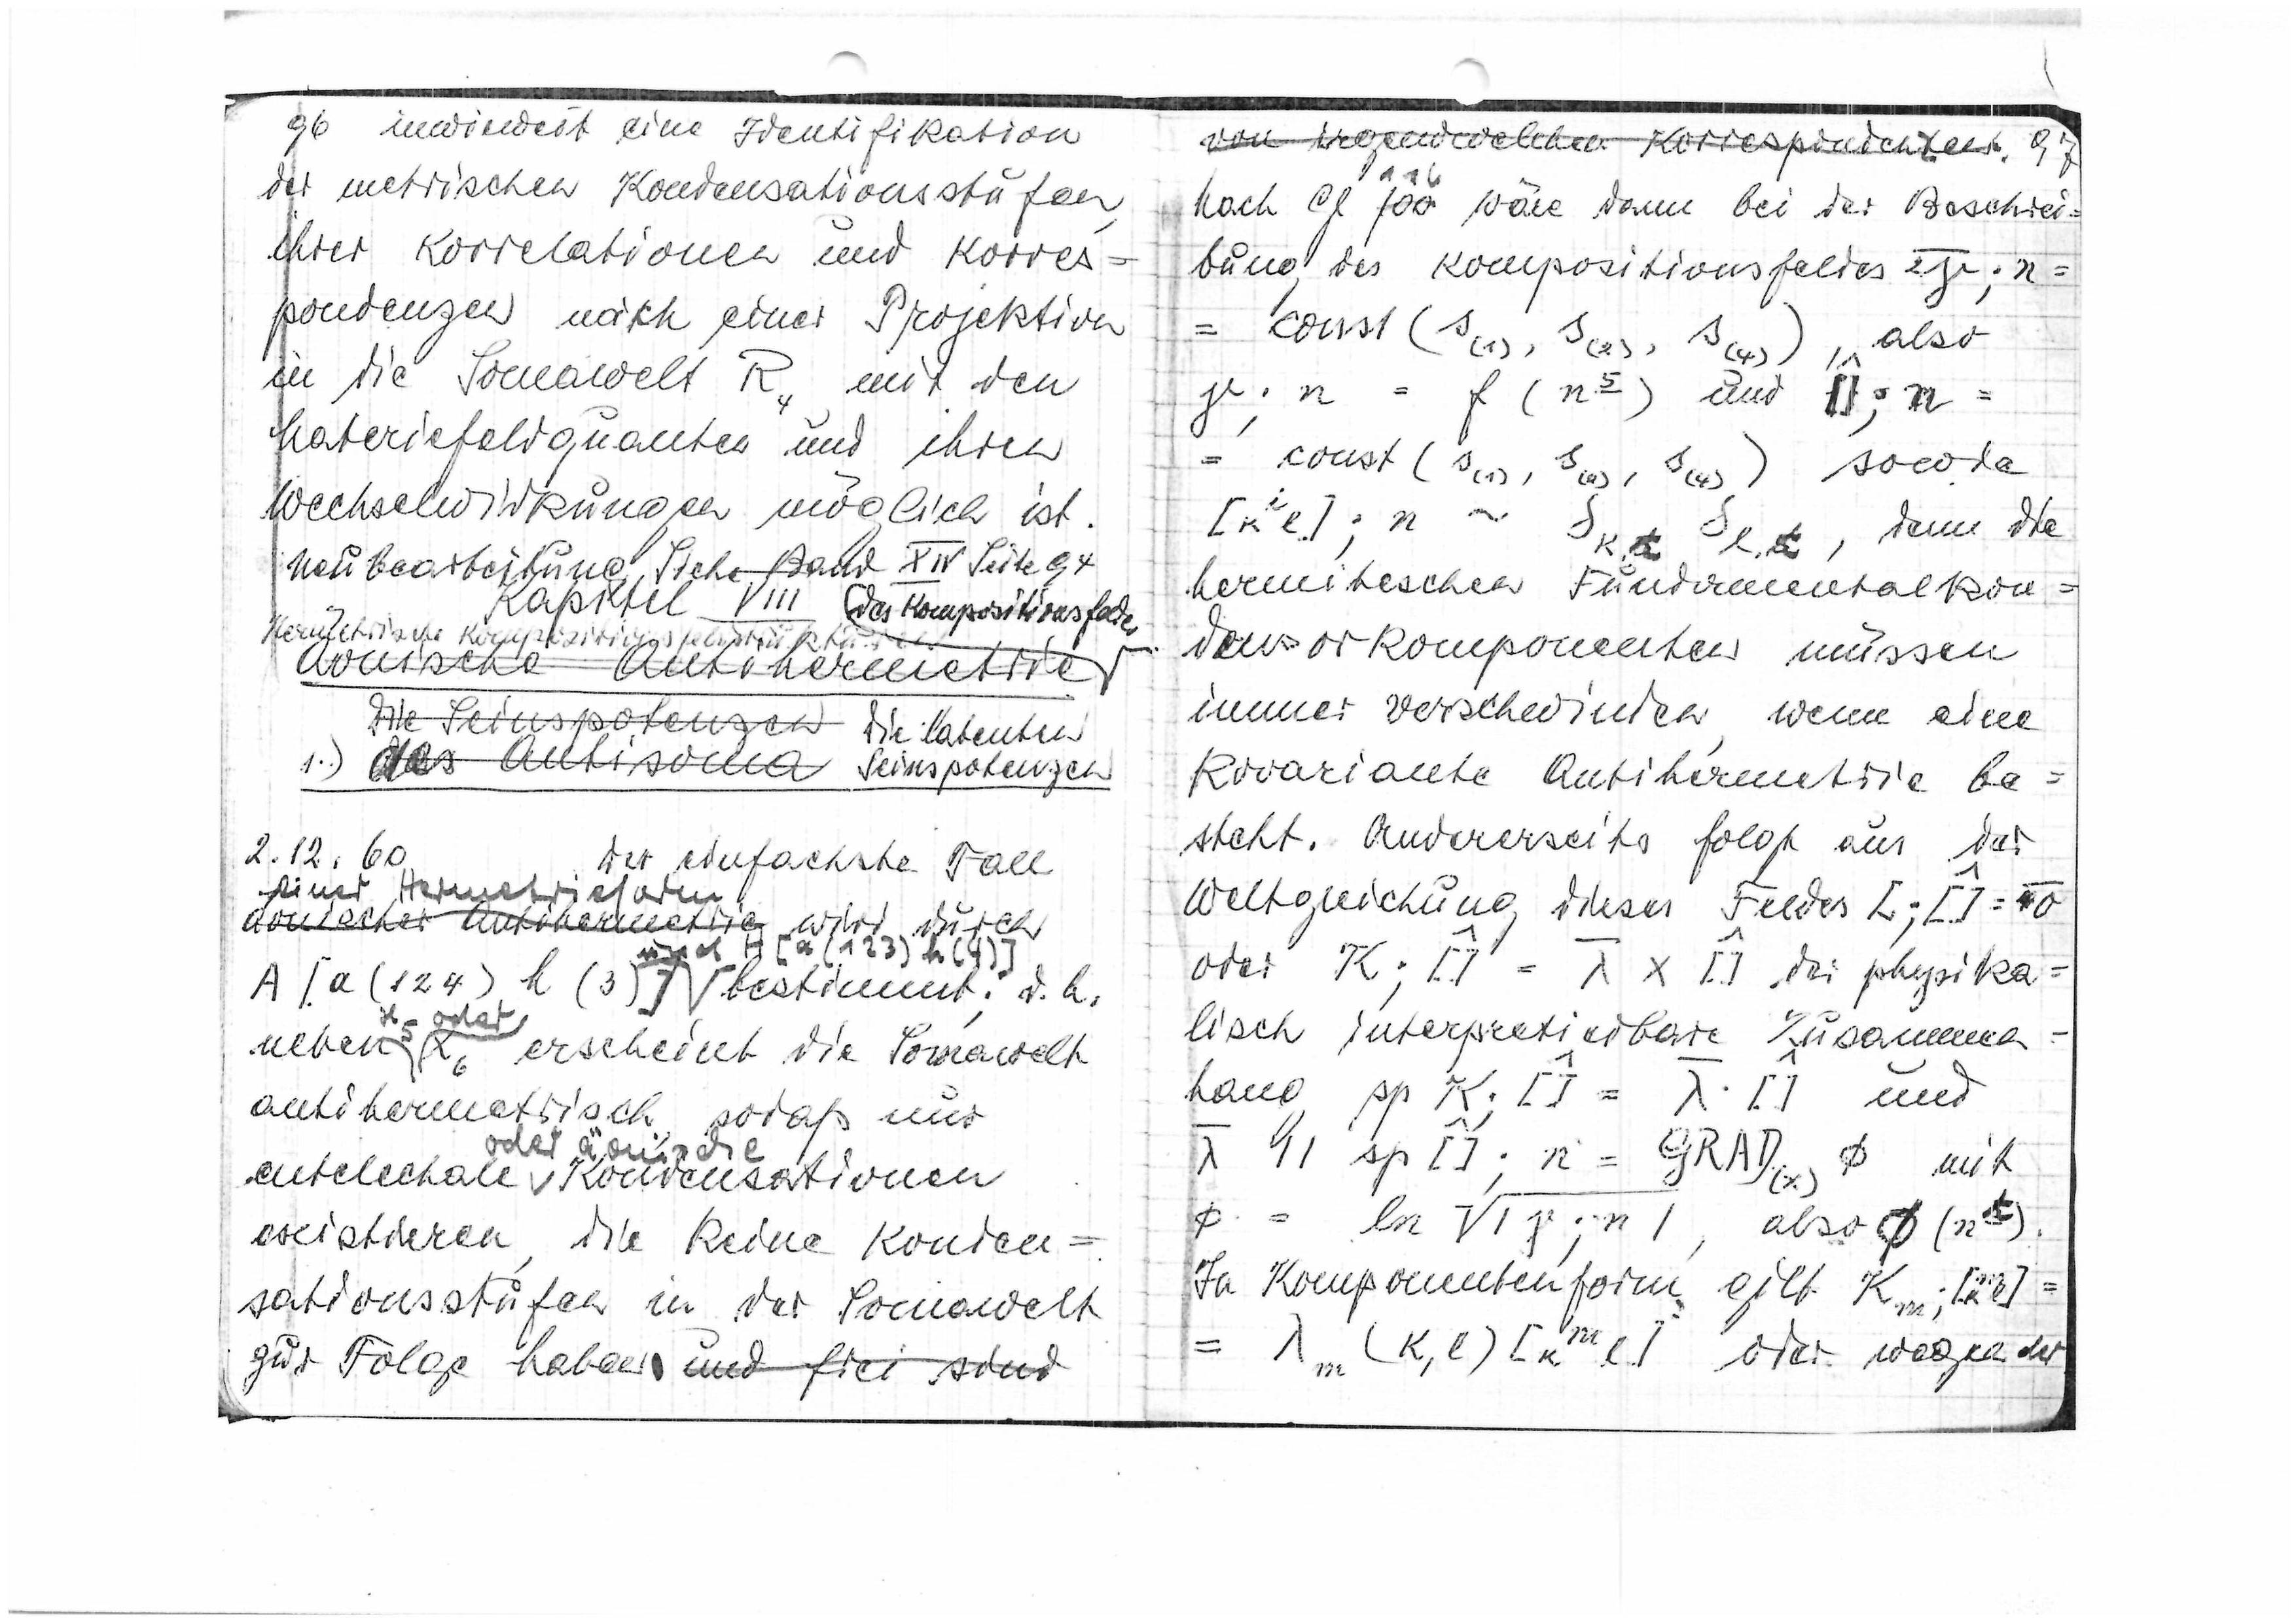
96
inwieweit eine Identifikation
der metrischen Kondensationsstufen
über Korrelationen und Korres=
pondenzen nach einer Projektion
in die Somawelt R4 mit den
Materiefeldquanten und ihren
Welchselwirkungen möglich ist.
Neubearbeitung siehe Band XVI Seite 94
Kapitel VIII
Hermetrische Kompositionsfeldstrukturen
Äonische Antihermetrie
des Kompositionsfeldes
Die Seinspotenzen
des Antisoma
Die latenten
Seinspotenzen
1.)
2.12.60
Der einfachste Fall
einer Hermetrieform
äonischer Antihermetrie
wird durch
A[a(124)h(3)]
und H[a(123)h(4)]
bestimmt, d.h.
neben
x5 oder
x6 erscheint die Somawelt
antihermetrisch sodaß nur
entelechiale
oder äonische
Kondensationen
existieren, die keine Konden=
sationsstufen in der Somawelt
zur Folge haben
und frei sind

97
von irgendwelchen Korrespondenzen
Nach Gl.
116
100
wäre dann bei der Beschrei=
bung des Kompositionsfeldes

also
= const(s(1), s(2), s(4)),

und

= const(s(1), s(2), s(4)),
sowie

denn die
hermitischen Fundamentalkon=
densorkomponenten müssen
immer verschwinden, wenn eine
kovariante Antihermetrie be=
steht. Andererseits folgt aus der
Weltgleichung dieses Feldes

oder

der physika=
lisch interpretierbare Zusammen-
hang

und

mit

also

In Komponentenform gilt

oder wegen der